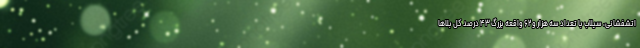
اتشفشانی، سیلاب با تعداد سه هزار و ۶۲ واقعه بزرگ ۴۳ درصد کل بلاها